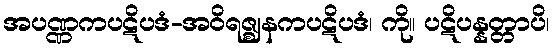
အပဏ္ဏကပဋိပဒံ-အဝိရဇ္ဈနကပဋိပဒံ၊ ကို။ ပဋိပန္နတ္တာပိ၊